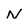
Character: N